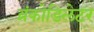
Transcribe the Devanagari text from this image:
ब्रंकोडिलेटर